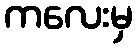
ကလေးမှ